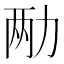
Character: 𫦩